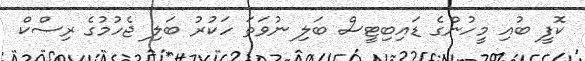
ކޮފީ ބުއި މީހުންގެ ޑައިބިޓީސް ބަލި ނުވަތަ ހަކުރު ބަލި ޖެހުމުގެ ރިސްކް